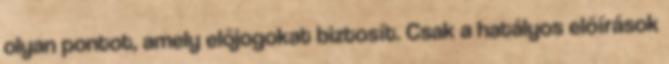
olyan pontot, amely előjogokat biztosít. Csak a hatályos előírások